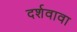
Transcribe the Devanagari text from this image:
दर्शवावा